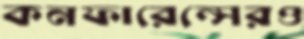
কনফারেন্সেরও